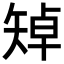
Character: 𥏥